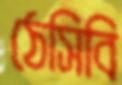
ঠেসিবি